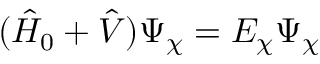
( \hat { H } _ { 0 } + \hat { V } ) \Psi _ { \chi } = E _ { \chi } \Psi _ { \chi }